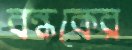
বন্ধকের